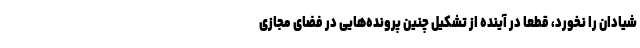
شیادان را نخورد، قطعا در آینده از تشکیل چنین پرونده‌هایی در فضای مجازی